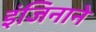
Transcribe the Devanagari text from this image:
इंजिनाने